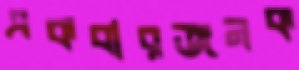
একবারজনক